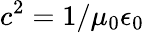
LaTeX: c^{2}=1/\mu_{0}\epsilon_{0}